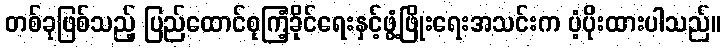
တစ်ခုဖြစ်သည့် ပြည်ထောင်စုကြံ့ခိုင်ရေးနှင့်ဖွံ့ဖြိုးရေးအသင်းက ပံ့ပိုးထားပါသည်။